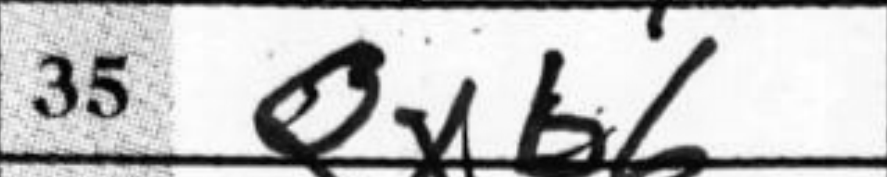
Transcription: Qxb6